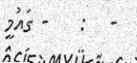
-   :    - ގައުމީ